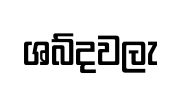
ශබ්දවලැ